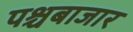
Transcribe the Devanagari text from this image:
पश्चबाजार